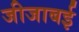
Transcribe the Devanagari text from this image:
जीजाबई